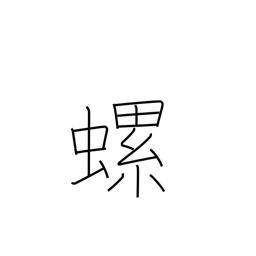
Meaning: small, edible, helical fresh-water mollusk